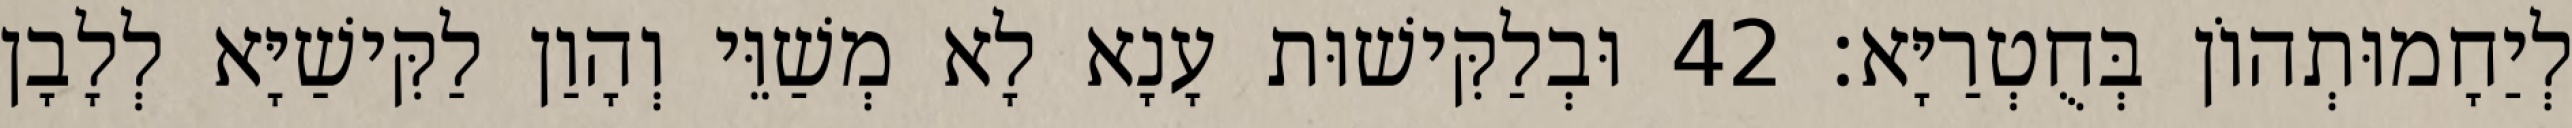
לְיַחָמוּתְהוֹן בְּחֻטְרַיָּא׃ 42 וּבְלַקִּישׁוּת עָנָא לָא מְשַׁוֵּי וְהָוַן לַקִּישַׁיָּא לְלָבָן